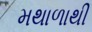
મથાળાથી